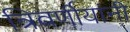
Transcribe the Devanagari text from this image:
त्रिवर्णीयांनी